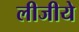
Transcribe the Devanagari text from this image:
लीजीये